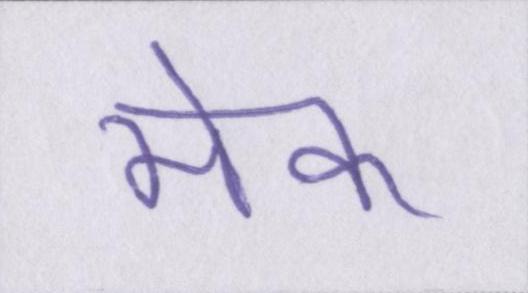
मेक